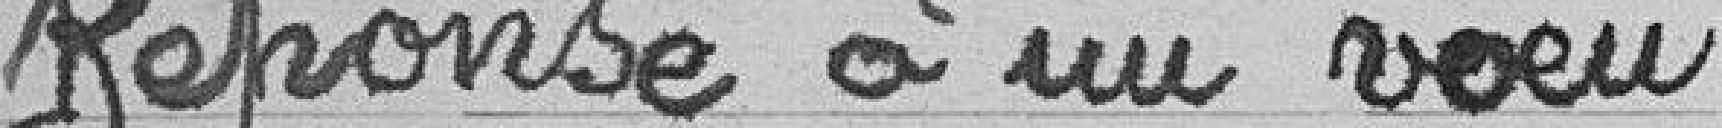
Réponse à un vœu